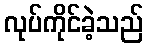
လုပ်ကိုင်ခဲ့သည်